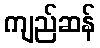
ကျည်ဆန်